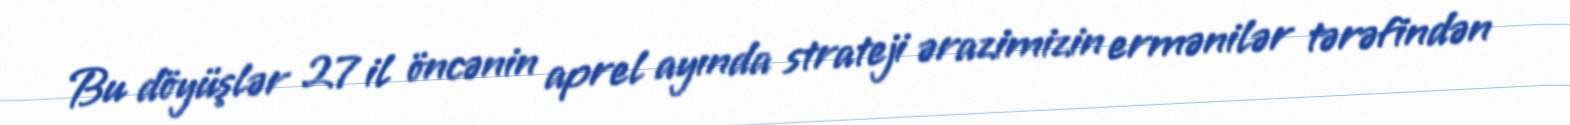
Bu döyüşlər 27 il öncənin aprel ayında strateji ərazimizin ermənilər tərəfindən